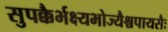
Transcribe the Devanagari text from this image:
सुपक्कैर्भक्ष्यभोज्यैश्चपायसैः